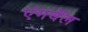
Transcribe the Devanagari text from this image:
एंगवॅल